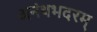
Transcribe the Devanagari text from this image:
अनंथभदरम्